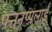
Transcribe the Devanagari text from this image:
पत्तनप्पलाई